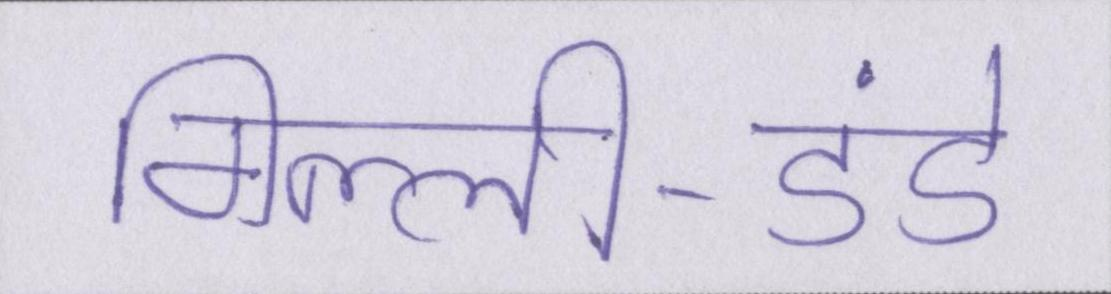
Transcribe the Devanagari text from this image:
गिल्ली-डंडे